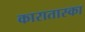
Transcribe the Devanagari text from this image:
कारातास्का